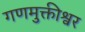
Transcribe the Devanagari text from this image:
गणमुक्तीश्वर